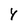
Character: 4